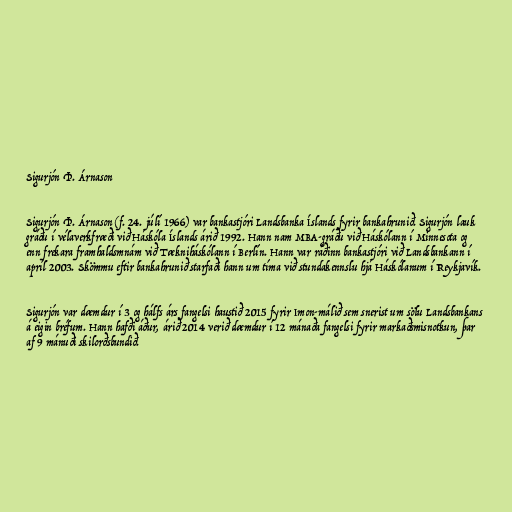
Sigurjón Þ. Árnason

Sigurjón Þ. Árnason (f. 24. júlí 1966) var bankastjóri Landsbanka Íslands fyrir bankahrunið. Sigurjón lauk
gráðu í vélaverkfræði við Háskóla Íslands árið 1992. Hann nam MBA-gráðu við Háskólann í Minnesota og
enn frekara framhaldsmnám við Tækniháskólann í Berlín. Hann var ráðinn bankastjóri við Landsbankann í
apríl 2003. Skömmu eftir bankahrunið starfaði hann um tíma við stundakennslu hjá Háskólanum í Reykjavík.

Sigurjón var dæmdur í 3 og hálfs árs fangelsi haustið 2015 fyrir Imon-málið sem snerist um sölu Lands­bank­ans
á eig­in bréf­um. Hann hafði áður, árið 2014 verið dæmdur í 12 mánaða fangelsi fyrir markaðsmisnotkun, þar
af 9 mánuði skilorðsbundið.